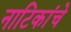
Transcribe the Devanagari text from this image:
नाटिकांचे